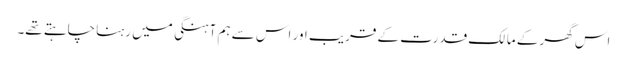
اس گھر کے مالک قدرت کے قریب اور اس سے ہم آہنگی میں رہنا چاہتے تھے۔